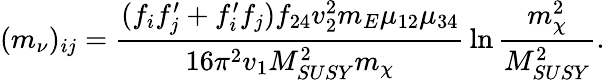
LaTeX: (m_{\nu})_{ij}={\frac{(f_{i}f_{j}^{\prime}+f_{i}^{\prime}f_{j})f_{24}v_{2}^{2}m_{E}\mu_{12}\mu_{34}}{16\pi^{2}v_{1}M_{SUSY}^{2}m_{\chi}}}\ln{\frac{m_{\chi}^{2}}{M_{SUSY}^{2}}}.